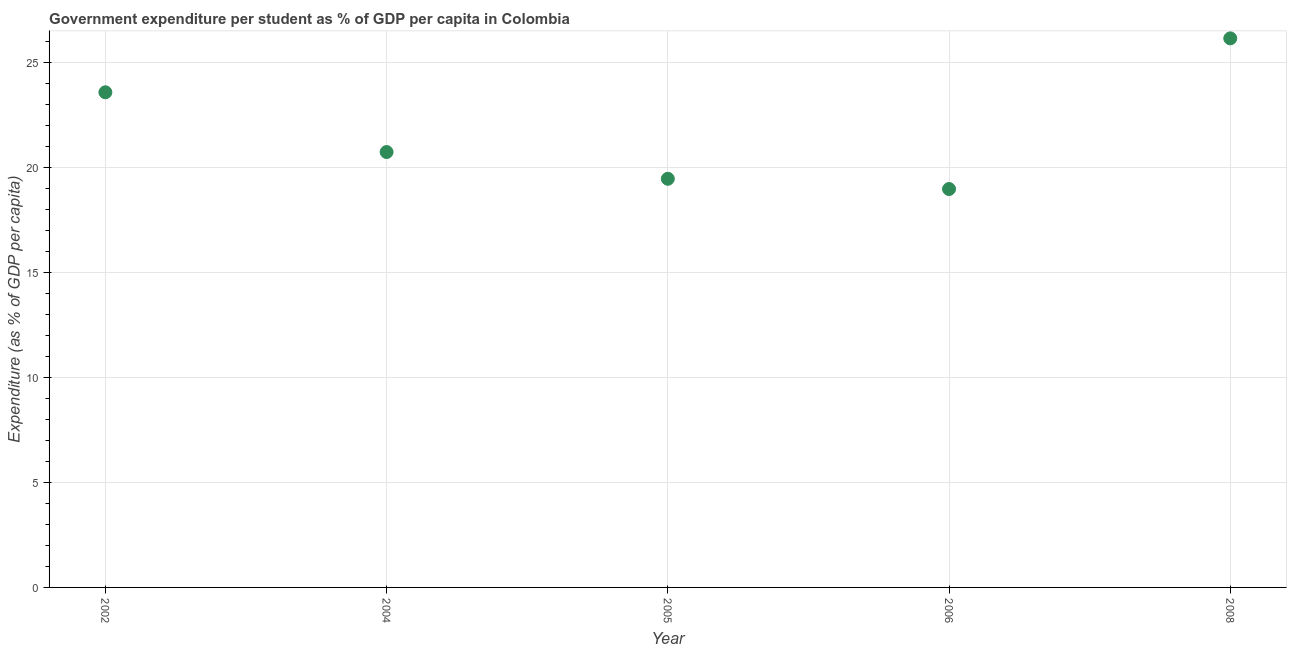
| Year | Government expenditure per tertiary student |
 | --- | --- |
 | 2002 | 23.6 |
 | 2004 | 20.8 |
 | 2005 | 19.5 |
 | 2006 | 19 |
 | 2008 | 26.2 |